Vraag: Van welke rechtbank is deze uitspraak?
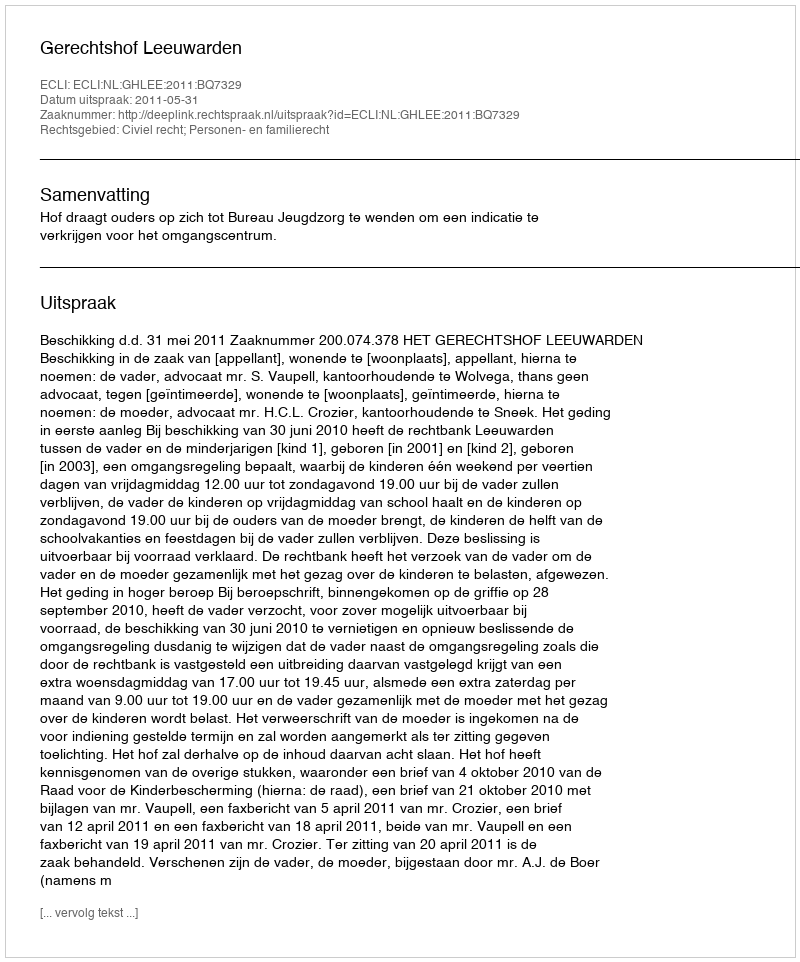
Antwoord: Gerechtshof Leeuwarden